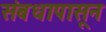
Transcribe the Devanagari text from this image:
संबधापासून